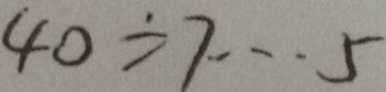
4 0 \div 7 \cdots 5